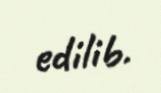
edilib.